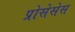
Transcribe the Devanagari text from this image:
प्रोसेसेस